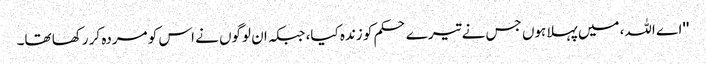
''اے اللہ، میں پہلا ہوں جس نے تیرے حکم کو زندہ کیا، جبکہ ان لوگوں نے اس کو مردہ کر رکھا تھا۔